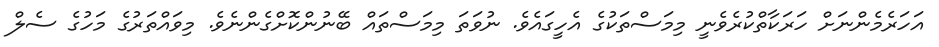
އަހަރެމެންނަށް ހަރަކާތްކުރެވެނީ މިމަސްތަކުގެ އެހީގައެވެ. ނުވަތަ މިމަސްތައް ބޭނުންކޮށްގެންނެވެ. މިވައްތަރުގެ މަހުގެ ސެލް